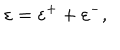
LaTeX: \varepsilon = \varepsilon ^ { + } + \varepsilon ^ { - } ,